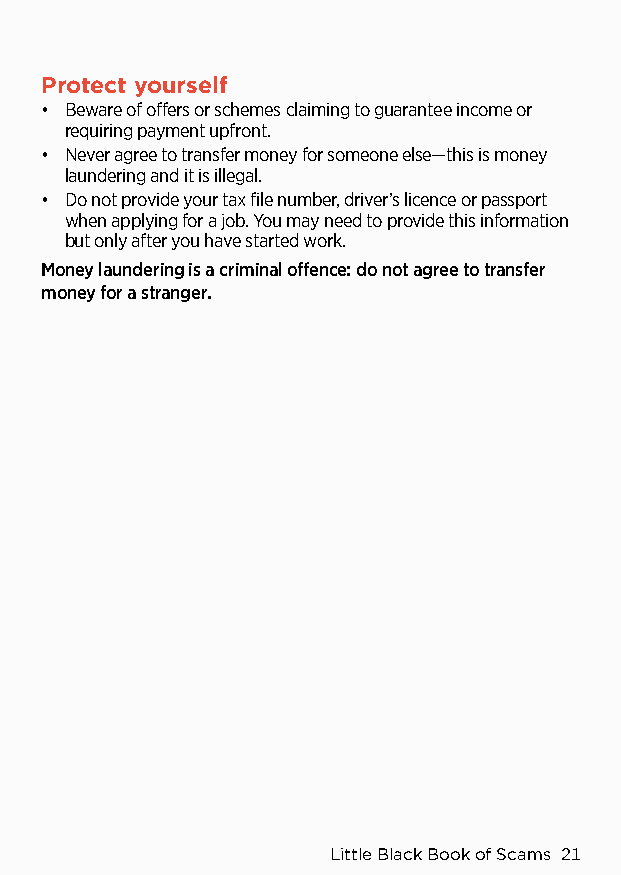
Protect yourself
 • Beware of offers or schemes claiming to guarantee income or
 requiring payment upfront.
 • Never agree to transfer money for someone else—this is money
 laundering and it is illegal.
 • Do not provide your tax file number, driver’s licence or passport
 when applying for a job. You may need to provide this information
 but only after you have started work.
 Money laundering is a criminal offence: do not agree to transfer
 money for a stranger.
 Little Black Book of Scams 21